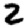
Digit: 2